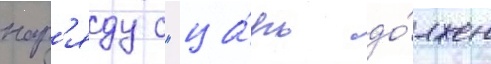
нар'яду с "ца́рь до́лжен